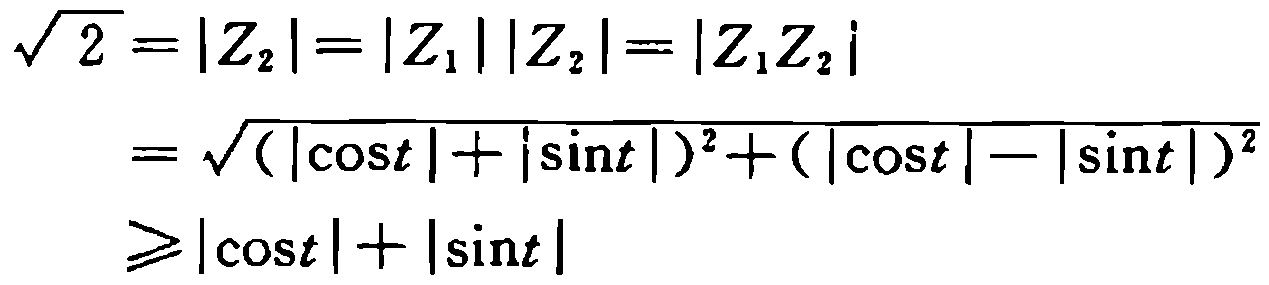
\[\begin{align*}
\sqrt{2}&=\vert Z_{2}\vert=\vert Z_{1}\vert\vert Z_{2}\vert=\vert Z_{1}Z_{2}\vert\\
&=\sqrt{(\vert\cos t\vert+\vert\sin t\vert)^{2}+(\vert\cos t\vert - \vert\sin t\vert)^{2}}\\
&\geqslant\vert\cos t\vert+\vert\sin t\vert
\end{align*}\]